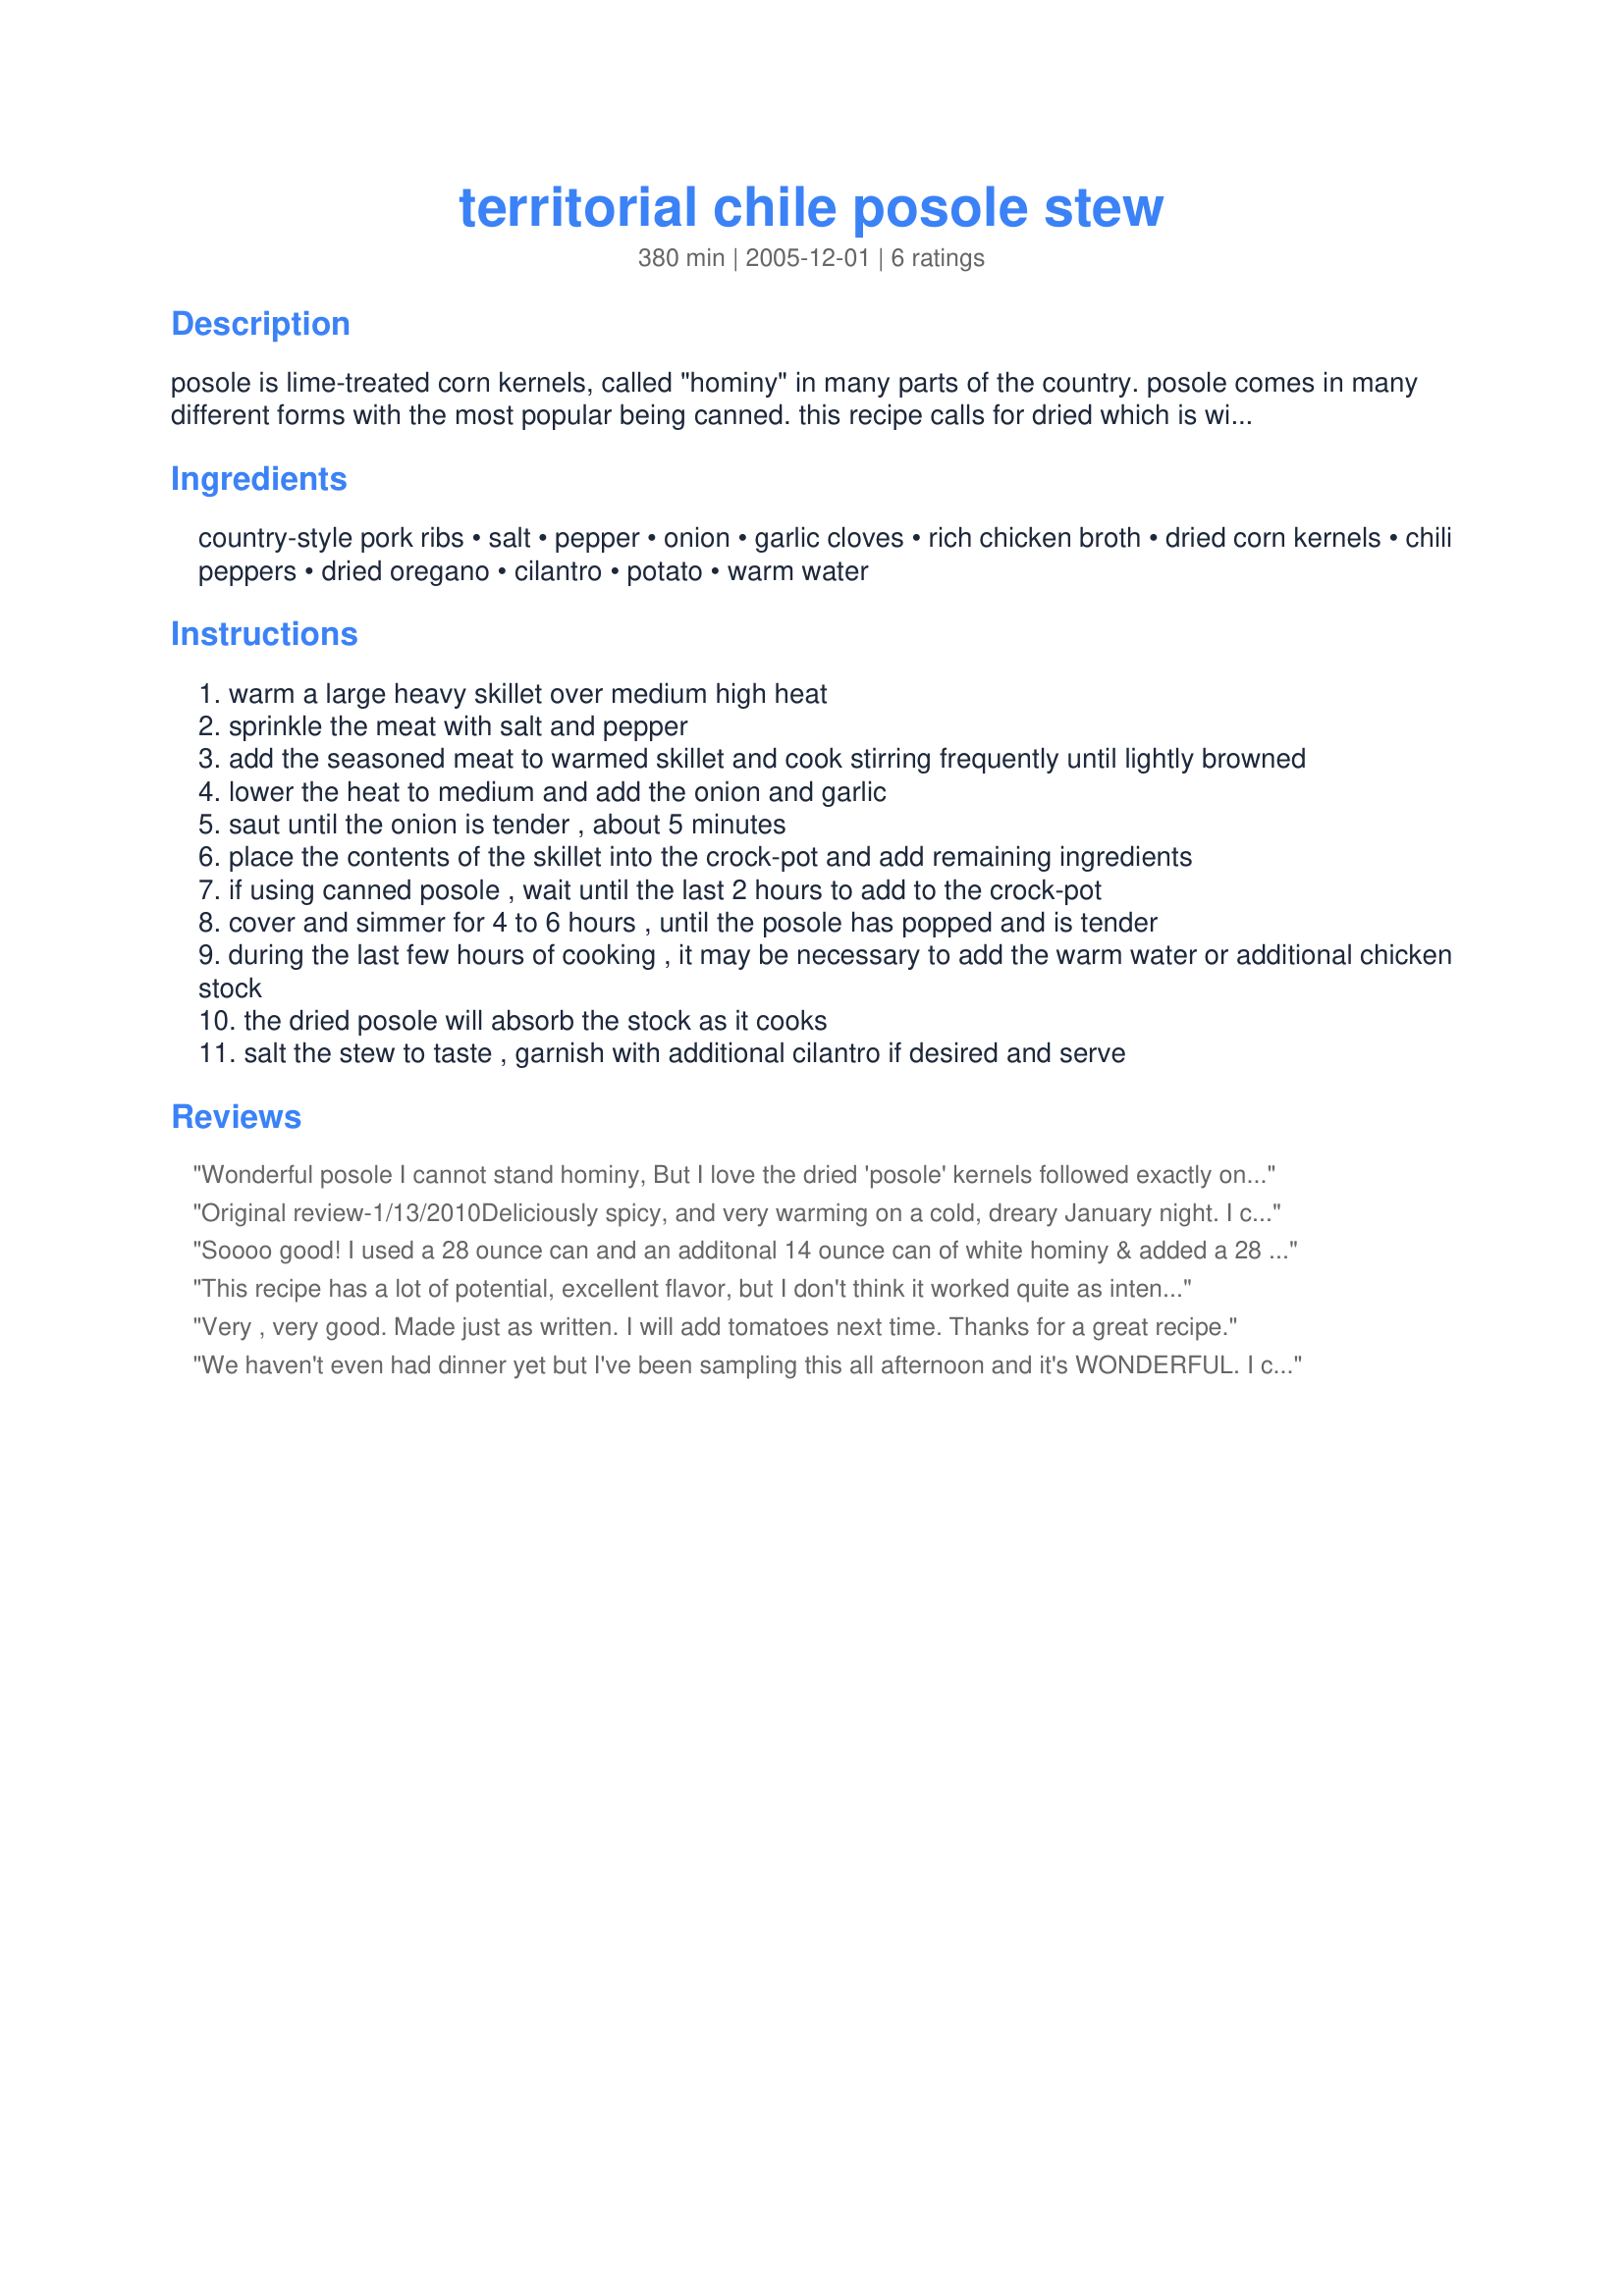
territorial chile posole stew
Preparation time: 380 minutes

posole is lime-treated corn kernels, called "hominy" in many parts of the country. posole comes in many different forms with the most popular being canned. this recipe calls for dried which is widely used in new mexico. the dried is more flavorful because as it cooks it will absorb the spicy cooking liquid. in fact, towards the end of the cooking time, posole will "pop" and become fluffy flowers with a rich corn taste and soft chewy texture. the recipe is adapted from real new mexico chile by sandy szwarc. if you can't get the dried you can sub a 29 ounce can drained.

Ingredients:
country-style pork ribs, salt, pepper, onion, garlic cloves, rich chicken broth, dried corn kernels, chili peppers, dried oregano, cilantro, potato, warm water

Steps:
warm a large heavy skillet over medium high heat
sprinkle the meat with salt and pepper
add the seasoned meat to warmed skillet and cook stirring frequently until lightly browned
lower the heat to medium and add the onion and garlic
saut until the onion is tender , about 5 minutes
place the contents of the skillet into the crock-pot and add remaining ingredients
if using canned posole , wait until the last 2 hours to add to the crock-pot
cover and simmer for 4 to 6 hours , until the posole has popped and is tender
during the last few hours of cooking , it may be necessary to add the warm water or additional chicken stock
the dried posole will absorb the stock as it cooks
salt the stew to taste , garnish with additional cilantro if desired and serve

Reviews:
Wonderful posole I cannot stand hominy, But I love the dried 'posole' kernels followed exactly only change I used pork shoulder great stuff
Original review-1/13/2010<br/>Deliciously spicy, and very warming on a cold, dreary January night. I could not find dried posole, so used canned. Along with the fresh New Mexico chili, I added a chopped, dried New Mexico chili (red) for color (and the seeds for heat). Will try to find the dried hominy for next time. Served with low fat lime tortilla chips. Made for Soup is On in the diabetic forum.<br/><br/>Update-1/8/2011<br/>I have made this a few times now, and thanks to Paula for sending me the dried hominy to try. I realized I had never come back here to report that she is right, it IS much better than the canned. Thanks, Paula!
Soooo good! I used a 28 ounce can and an additonal 14 ounce can of white hominy & added a 28 ounce can of diced tomatoes along with the additional broth..& 2 t freshly ground cumin seed. As the crockpot was in use I put the stew in my dutch oven & baked for 1 1/2 hrs at 350 degrees F. 1/2 way through cooking I added an additional cup of julienned long red Aztec peppers (from Canada via Costco LOL).
Man. oh man, this is great! DH hung around as I divied the leftovers up - some for me to take on contract trip & some for him. Thank you PaulaG, we will be making this one many times through the winter!
This recipe has a lot of potential, excellent flavor, but I don't think it worked quite as intended. I had simmered the posole for 20 min. or so the night before, to remove the pedicels. Even after 8 hrs. in the crockpot, the kernels were still too hard. But after it stood overnight, it started to "flower". I cooked it another 4 or 5 hours, and it started to get to where it needed to be. I also doubled the amount of meat, and added a bit more broth. Next time, I think I will soak the corn overnight, to see if the stew can be done in the indicated time. The flavors are wonderful.
Very , very good. Made just as written. I will add tomatoes next time. Thanks for a great recipe.
We haven't even had dinner yet but I've been sampling this all afternoon and it's WONDERFUL. I cut the recipe back to serve two ...more like four. Only thing I added to the recipe was one large carrot, and that was more for color and a little cumin! I used frozen hominy and did not have any problem with it cooking.
Thanks for a great recipe Paula!
